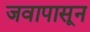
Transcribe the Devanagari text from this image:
जवापासून